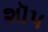
શૉપ